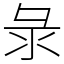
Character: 彔